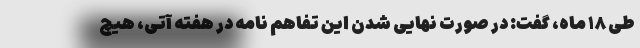
طی ۱۸ ماه، گفت: در صورت نهایی شدن این تفاهم نامه در هفته آتی، هیچ